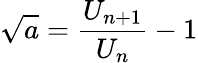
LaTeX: {\sqrt{a}}={\frac{U_{n+1}}{U_{n}}}-1